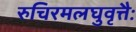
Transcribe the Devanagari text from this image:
रुचिरमलघुवृत्तैः